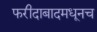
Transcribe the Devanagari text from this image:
फरीदाबादमधूनच